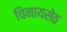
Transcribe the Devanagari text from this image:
चिनायसेठ